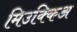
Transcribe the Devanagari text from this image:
मिउक्किअ